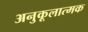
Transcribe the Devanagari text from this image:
अनुकूलात्मक